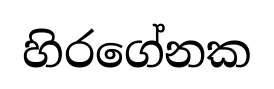
හිරගේනක